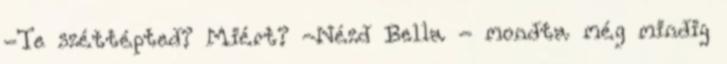
-Te széttépted? Miért? -Nézd Bella - mondta még mindig